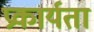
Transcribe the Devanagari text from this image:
प्रकार्यता